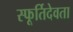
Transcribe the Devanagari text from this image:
स्फूर्तिदेवता